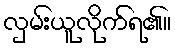
လှမ်းယူလိုက်ရ၏။